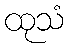
ထုသံ